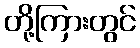
တို့ကြားတွင်